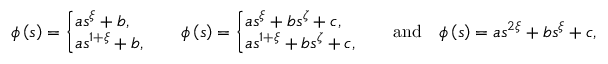
\phi \left( s \right) = \left\{ \! \! \! \begin{array} { l } { a s ^ { \xi } + b , \smallskip } \\ { a s ^ { 1 + \xi } + b , } \end{array} \ \right. \quad \phi \left( s \right) = \left\{ \! \! \! \begin{array} { l } { a s ^ { \xi } + b s ^ { \zeta } + c , \smallskip } \\ { a s ^ { 1 + \xi } + b s ^ { \zeta } + c , } \end{array} \ \right. \quad \mathrm { a n d } \quad \phi \left( s \right) = a s ^ { 2 \xi } + b s ^ { \xi } + c ,